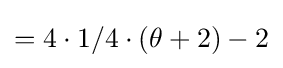
=4\cdot 1/4\cdot (\theta +2)-2